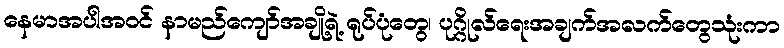
နေမာအပါအဝင် နာမည်ကျော်အချို့ရဲ့ ရုပ်ပုံတွေ၊ ပုဂ္ဂိုလ်ရေးအချက်အလက်တွေသုံးကာ